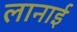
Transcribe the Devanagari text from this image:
लानाई